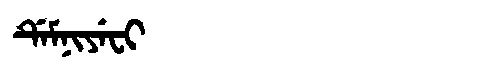
Manchu: ᡩᡝᠮᠨᡳᠶᡝᠸᡳ
Romanization: DEMNIYEFI